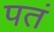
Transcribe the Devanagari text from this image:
पतं